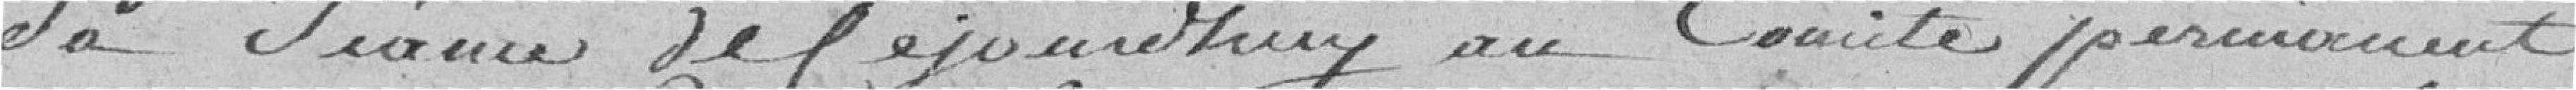
sa séance de ce jour d'huy au comité permanent,